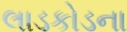
લાડકોડના